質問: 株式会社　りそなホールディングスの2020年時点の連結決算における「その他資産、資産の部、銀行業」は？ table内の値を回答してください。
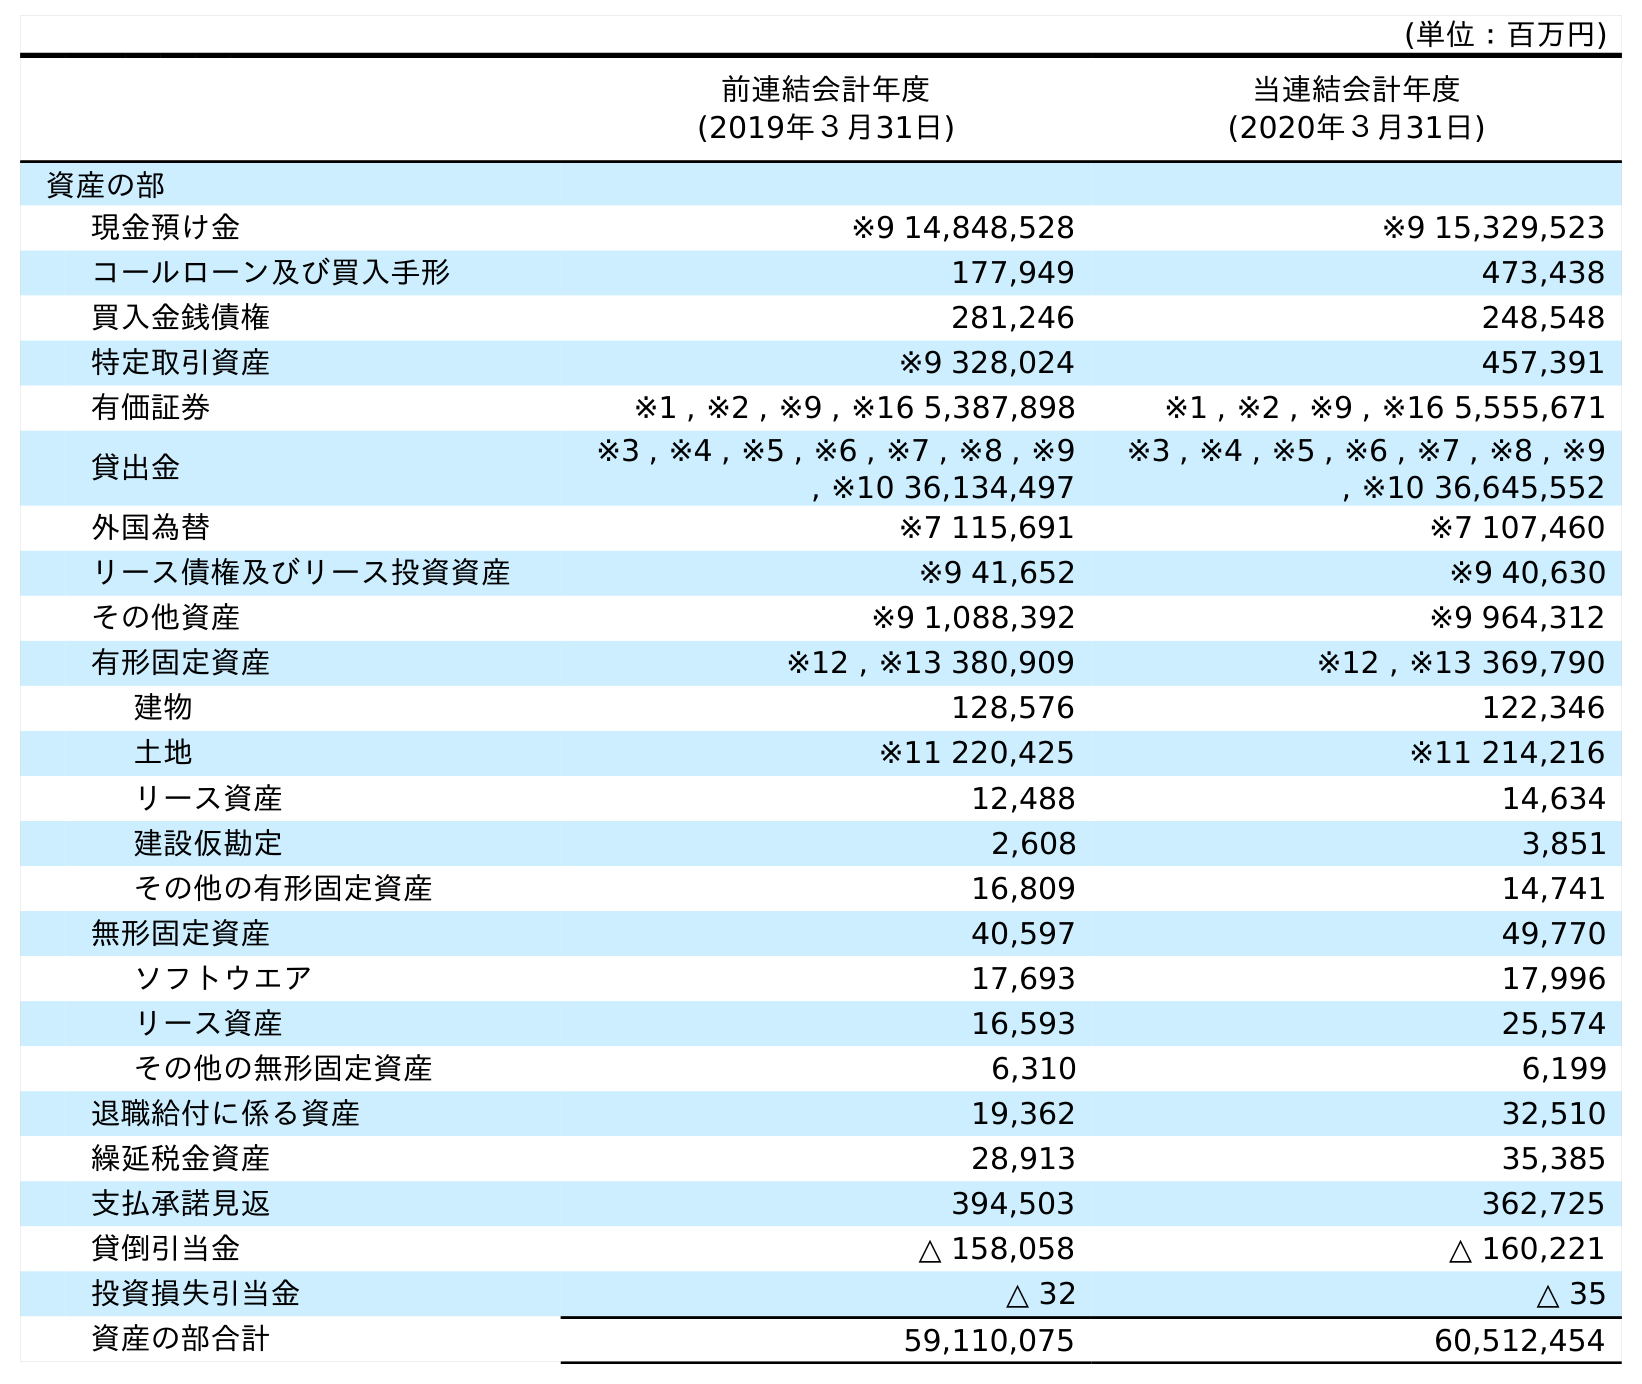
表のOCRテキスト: (単位：百万円) 前連結会計年度 (2019年３月31日) 当連結会計年度 (2020年３月31日) 資産の部 現金預け金 ※9 14,848,528 ※9 15,329,523 コールローン及び買入手形 177,949 473,438 買入金銭債権 281,246 248,548 特定取引資産 ※9 328,024 457,391 有価証券 ※1 , ※2 , ※9 , ※16 5,387,898 ※1 , ※2 , ※9 , ※16 5,555,671 貸出金 ※3 , ※4 , ※5 , ※6 , ※7 , ※8 , ※9 , ※10 36,134,497 ※3 , ※4 , ※5 , ※6 , ※7 , ※8 , ※9 , ※10 36,645,552 外国為替 ※7 115,691 ※7 107,460 リース債権及びリース投資資産 ※9 41,652 ※9 40,630 その他資産 ※9 1,088,392 ※9 964,312 有形固定資産 ※12 , ※13 380,909 ※12 , ※13 369,790 建物 128,576 122,346 土地 ※11 220,425 ※11 214,216 リース資産 12,488 14,634 建設仮勘定 2,608 3,851 その他の有形固定資産 16,809 14,741 無形固定資産 40,597 49,770 ソフトウエア 17,693 17,996 リース資産 16,593 25,574 その他の無形固定資産 6,310 6,199 退職給付に係る資産 19,362 32,510 繰延税金資産 28,913 35,385 支払承諾見返 394,503 362,725 貸倒引当金 △ 158,058 △ 160,221 投資損失引当金 △ 32 △ 35 資産の部合計 59,110,075 60,512,454
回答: ※9964,312